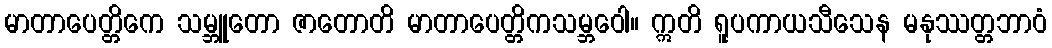
မာတာပေတ္တိကေ သမ္ဘူတော ဇာတောတိ မာတာပေတ္တိကသမ္ဘဝေါ။ ဣတိ ရူပကာယသီသေန မနုဿတ္တဘာဝံ